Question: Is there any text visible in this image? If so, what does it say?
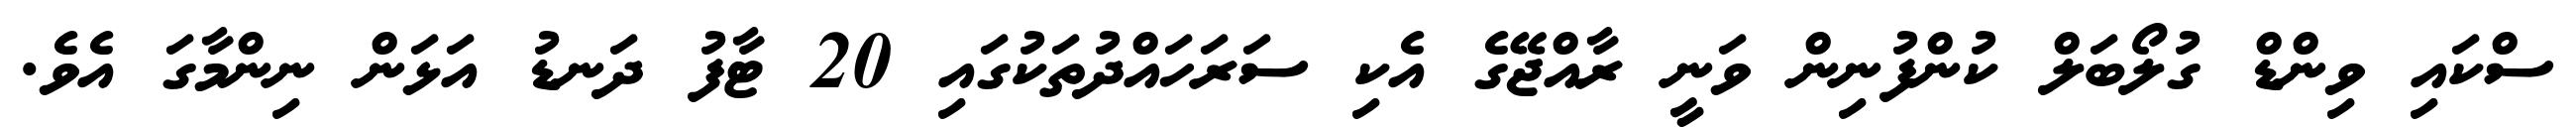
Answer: ސްކައި ވިންޑް ގުލޯބަލް ކުންފުނިން ވަނީ ރާއްޖޭގެ އެކި ސަރަހައްދުތަކުގައި 20 ޓާފު ދަނޑު އަޅަން ނިންމާގަ އެވެ.